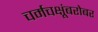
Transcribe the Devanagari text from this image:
चर्मचक्षूंबरोबर